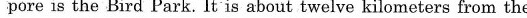
pore is the Bird Park. It is about twelve kilometers from the